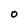
Character: O